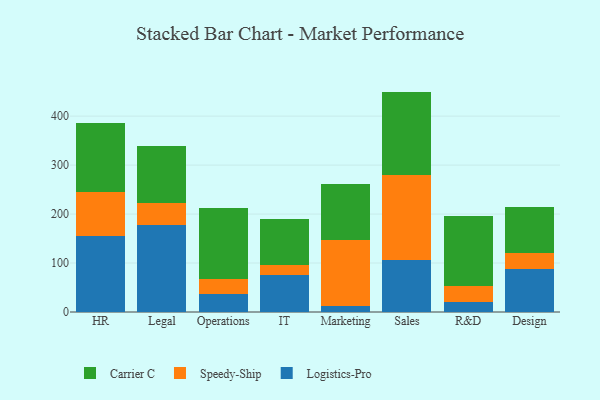
{"axis": {"x": "Department", "y": "Production Output"}, "legend": ["Carrier C", "Logistics-Pro", "Speedy-Ship"], "data": [{"x": "HR", "y": 155.9, "type": "Logistics-Pro"}, {"x": "HR", "y": 90.0, "type": "Speedy-Ship"}, {"x": "HR", "y": 140.4, "type": "Carrier C"}, {"x": "Legal", "y": 177.9, "type": "Logistics-Pro"}, {"x": "Legal", "y": 44.9, "type": "Speedy-Ship"}, {"x": "Legal", "y": 117.0, "type": "Carrier C"}, {"x": "Operations", "y": 35.8, "type": "Logistics-Pro"}, {"x": "Operations", "y": 31.1, "type": "Speedy-Ship"}, {"x": "Operations", "y": 146.4, "type": "Carrier C"}, {"x": "IT", "y": 75.2, "type": "Logistics-Pro"}, {"x": "IT", "y": 20.6, "type": "Speedy-Ship"}, {"x": "IT", "y": 94.7, "type": "Carrier C"}, {"x": "Marketing", "y": 11.4, "type": "Logistics-Pro"}, {"x": "Marketing", "y": 134.7, "type": "Speedy-Ship"}, {"x": "Marketing", "y": 114.8, "type": "Carrier C"}, {"x": "Sales", "y": 106.9, "type": "Logistics-Pro"}, {"x": "Sales", "y": 173.7, "type": "Speedy-Ship"}, {"x": "Sales", "y": 169.5, "type": "Carrier C"}, {"x": "R&D", "y": 19.9, "type": "Logistics-Pro"}, {"x": "R&D", "y": 33.9, "type": "Speedy-Ship"}, {"x": "R&D", "y": 141.6, "type": "Carrier C"}, {"x": "Design", "y": 87.5, "type": "Logistics-Pro"}, {"x": "Design", "y": 32.8, "type": "Speedy-Ship"}, {"x": "Design", "y": 93.7, "type": "Carrier C"}]}